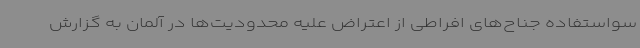
سواستفاده جناح‌های افراطی از اعتراض علیه محدودیت‌ها در آلمان به گزارش